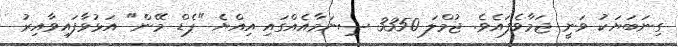
ގިނަބަޔަކު ވަނީ ޖަމާވެފައެވެ. ޖުމްލަ 3350 ސިނަމާއެއްގައި އިއްޔެ "ޕެޑް މޭން" އަޅުވާފައިވާއިރު